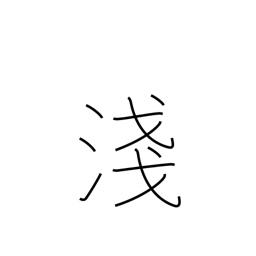
Meaning: not deep